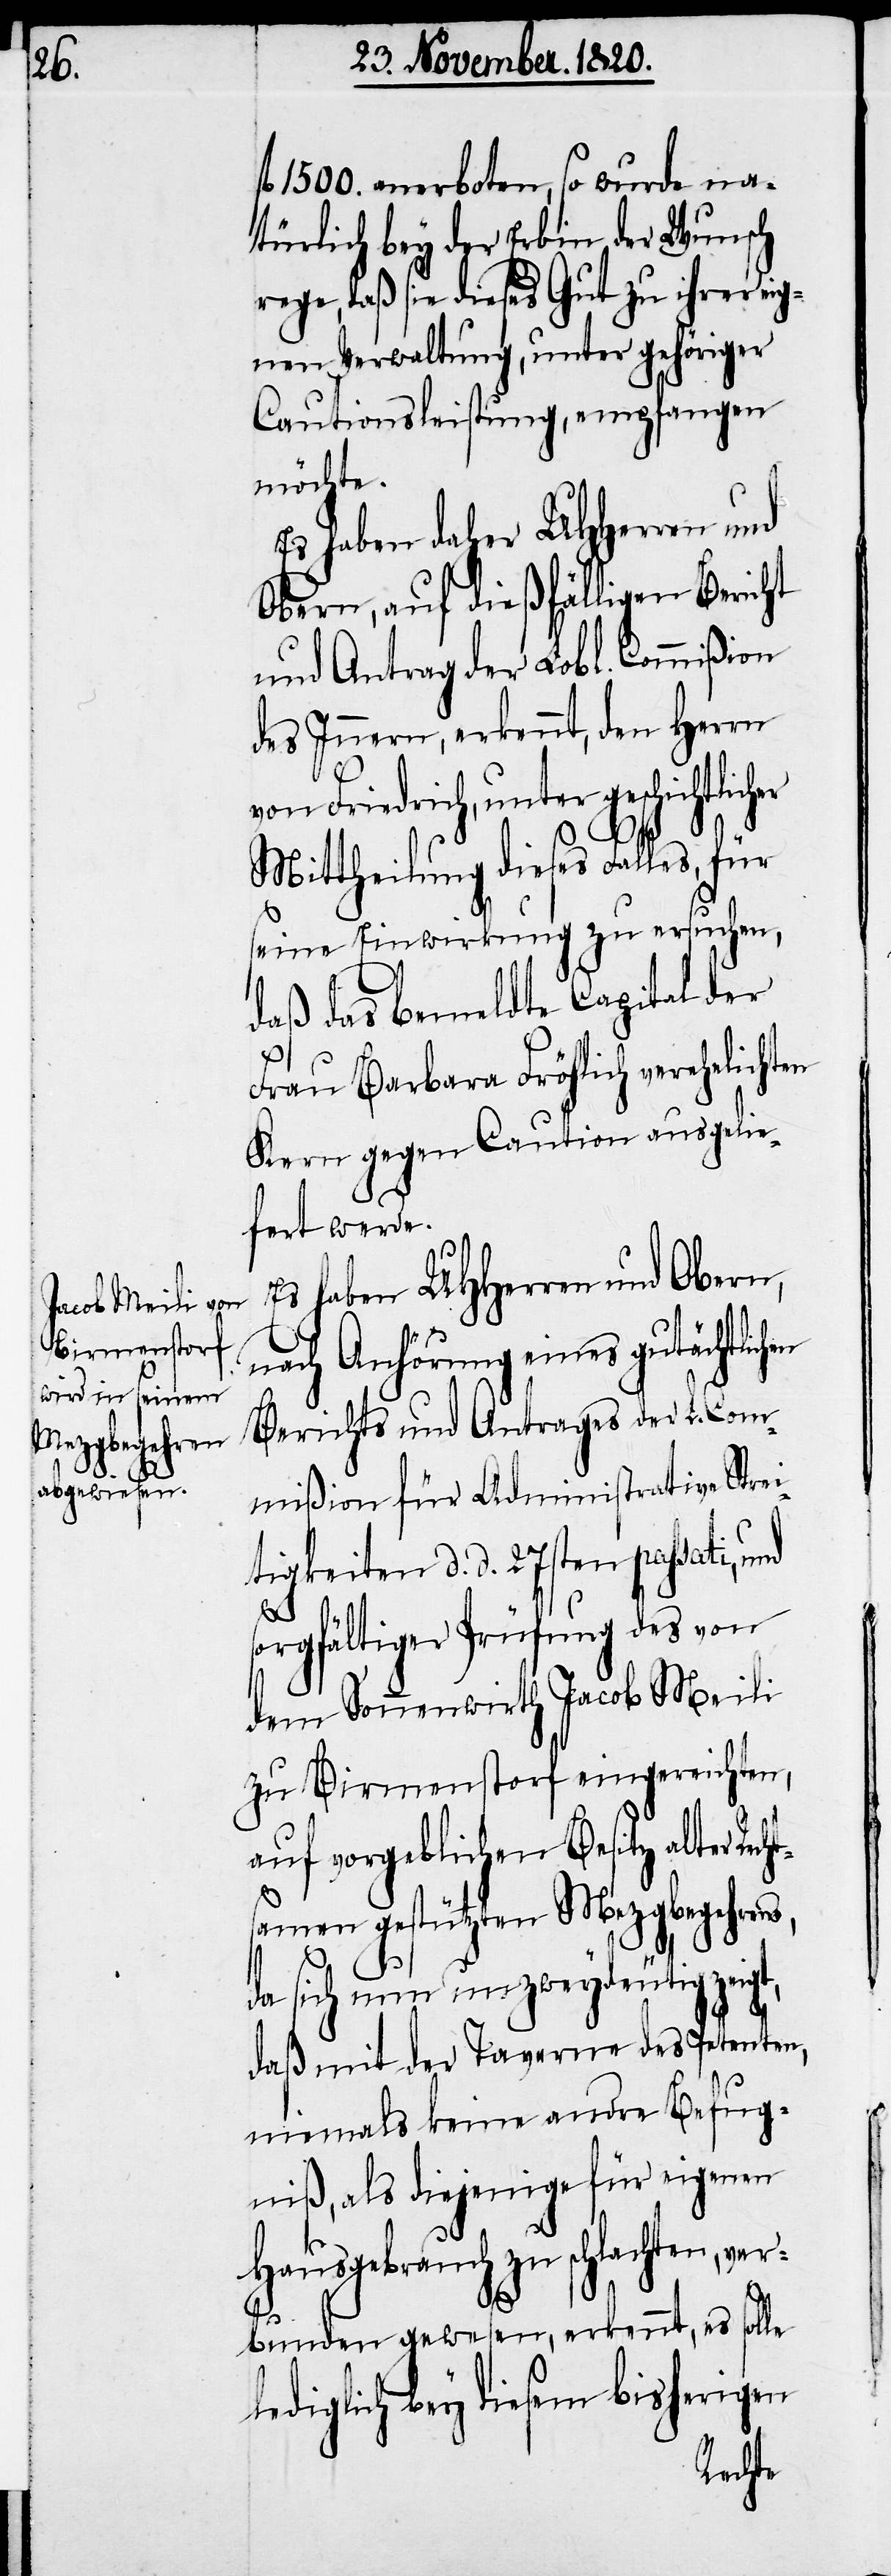
l. 1500. anerboten, so wurde na¬
türlich bey der Erbin der Wunsch
rege, daß sie dieses Gut zu ihrer eig¬
enen Verwaltung, unter gehöriger
Cautionsleistung, empfangen
möchte.
Es haben daher UHHerren und
Obern, auf dießfälligen Bericht
und Antrag der Lobl. Commißion
des Innern, erkennt, den Herrn
von Friedrich, unter geschichtlicher
Mittheilung dieses Falles, für
seine Einwirkung zu ersuchen,
daß das bemeldte Capital der
Frau Barbara Fröhlich verehelichten
Kern gegen Caution ausgelie¬
fert werde.
Es haben UHHerren und Obern
nach Anhörung eines gutächtlic¬
Berichts und Antrages der L. Com¬
mißion für Administrative Strei¬
tigkeiten d. d. 27sten passati, und
ns,
orgfältiger Prüfung des von
dem Sonnenwirth Jacob Meili
zu Birmenstorf eingereichten,
auf vorgeblichen Besitz alter
samen gestützten Mezgbegehre¬
da sich nun unzweydeutig zeigt,
daß mit der Taverne des Petenten,
niemals keine andre Befug¬
niß, als diejenige für eigenen
Hausgebrauch zu schlachten, ve¬
rbunden gewesen, erkennt, es solle
lediglich bey diesem bisherigen
Recht¬